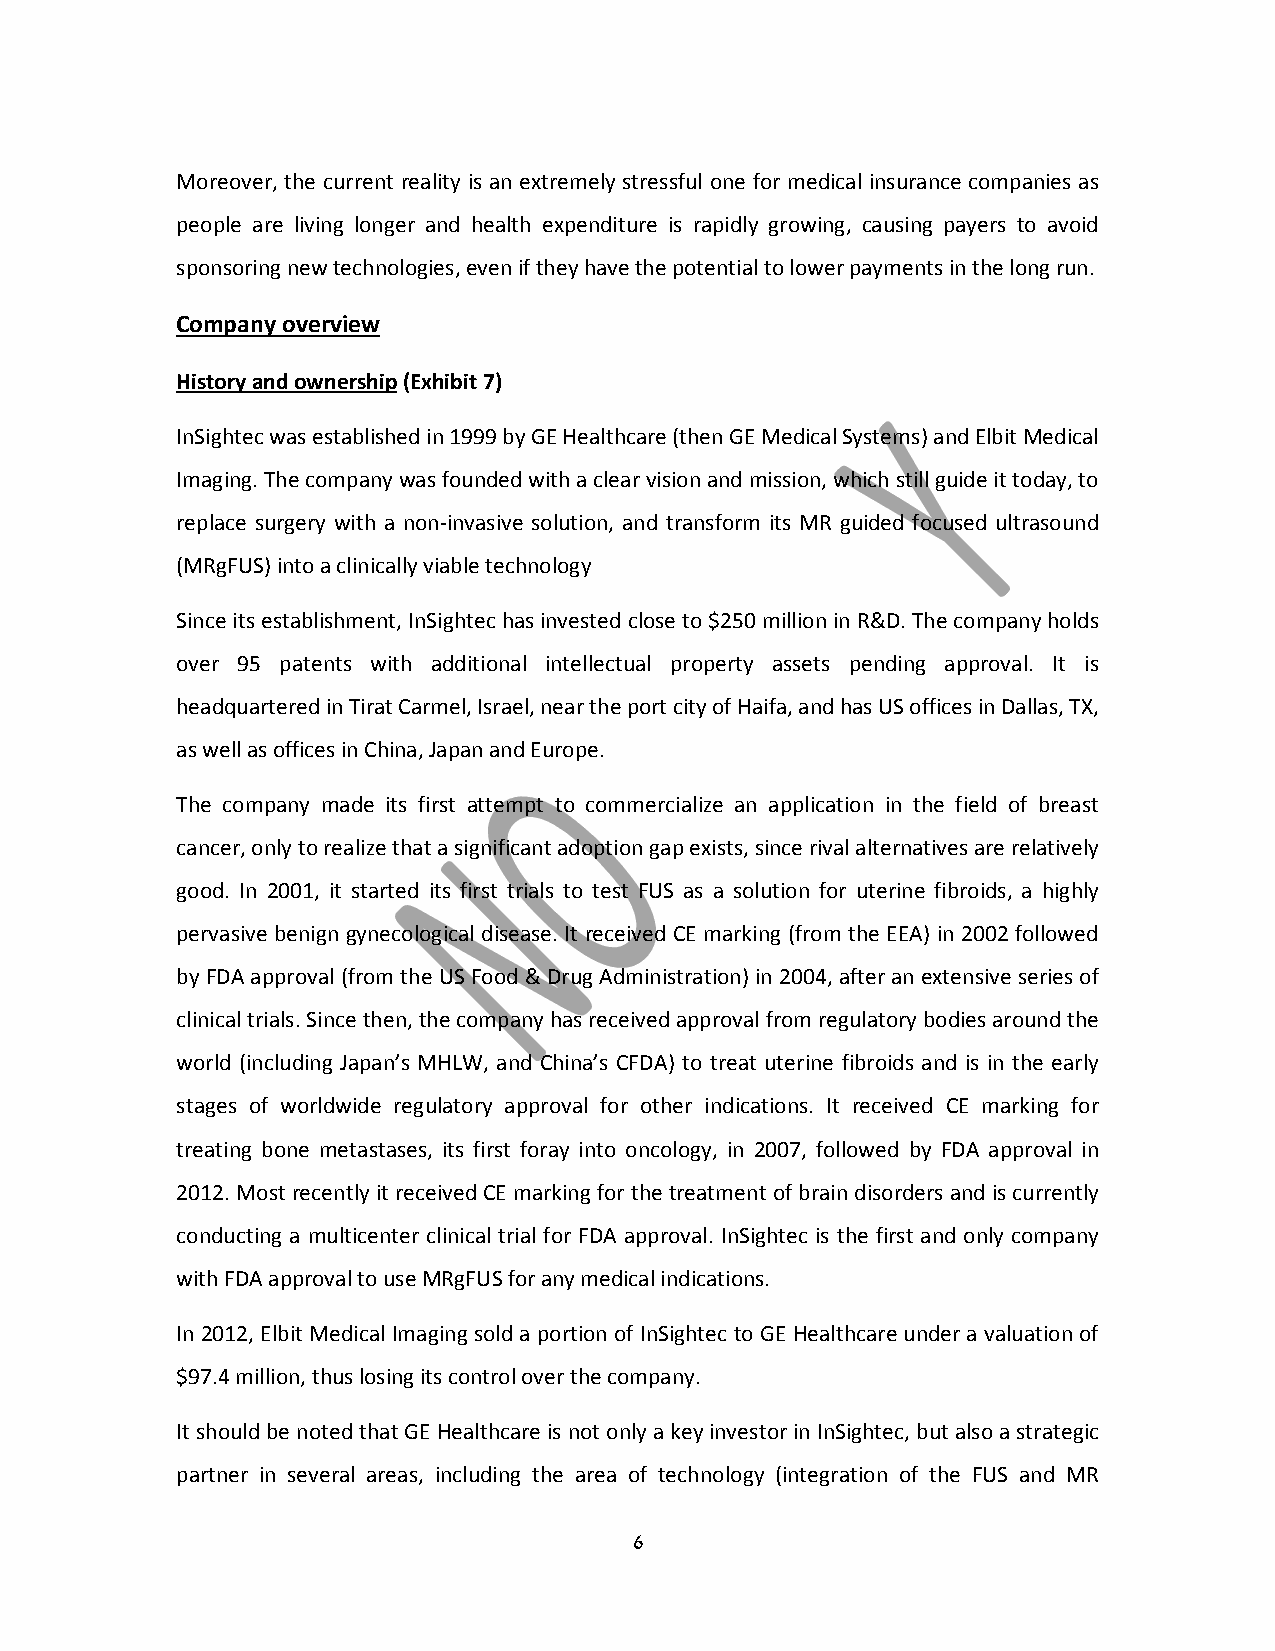
Moreover, the current reality is an extremely stressful one for medical insurance companies as
 people are living longer and health expenditure is rapidly growing, causing payers to avoid
 sponsoring new technologies, even if they have the potential to lower payments in the long run.
 Company overview
 History and ownership (Exhibit 7)
 InSightec was established in 1999 by GE Healthcare (then GE Medical Systems) and Elbit Medical
 Imaging. The company was founded with a clear vision and mission, which still guide it today, to
 replace surgery with a non‐invasive solution, and transform its MR guided focused ultrasound
 (MRgFUS) into a clinically viable technology
 Since its establishment, InSightec has invested close to $250 million in R&D. The company holds
 over 95 patents with additional intellectual property assets pending approval. It is
 headquartered in Tirat Carmel, Israel, near the port city of Haifa, and has US offices in Dallas, TX,
 as well as offices in China, Japan and Europe.
 The company made its first attempt to commercialize an application in the field of breast
 cancer, only to realize that a significant adoption gap exists, since rival alternatives are relatively
 good. In 2001, it started its first trials to test FUS as a solution for uterine fibroids, a highly
 pervasive benign gynecological disease. It received CE marking (from the EEA) in 2002 followed
 by FDA approval (from the US Food & Drug Administration) in 2004, after an extensive series of
 clinical trials. Since then, the company has received approval from regulatory bodies around the
 world (including Japan’s MHLW, and China’s CFDA) to treat uterine fibroids and is in the early
 stages of worldwide regulatory approval for other indications. It received CE marking for
 treating bone metastases, its first foray into oncology, in 2007, followed by FDA approval in
 2012. Most recently it received CE marking for the treatment of brain disorders and is currently
 conducting a multicenter clinical trial for FDA approval. InSightec is the first and only company
 with FDA approval to use MRgFUS for any medical indications.
 In 2012, Elbit Medical Imaging sold a portion of InSightec to GE Healthcare under a valuation of
 $97.4 million, thus losing its control over the company.
 It should be noted that GE Healthcare is not only a key investor in InSightec, but also a strategic
 partner in several areas, including the area of technology (integration of the FUS and MR
 6